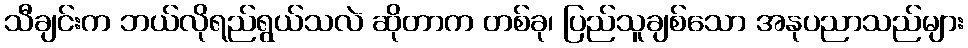
သီချင်းက ဘယ်လိုရည်ရွယ်သလဲ ဆိုတာက တစ်ခု၊ ပြည်သူချစ်သော အနုပညာသည်များ